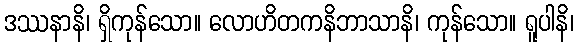
ဒဿနာနိ၊ ရှိကုန်သော။ လောဟိတကနိဘာသာနိ၊ ကုန်သော။ ရူပါနိ၊